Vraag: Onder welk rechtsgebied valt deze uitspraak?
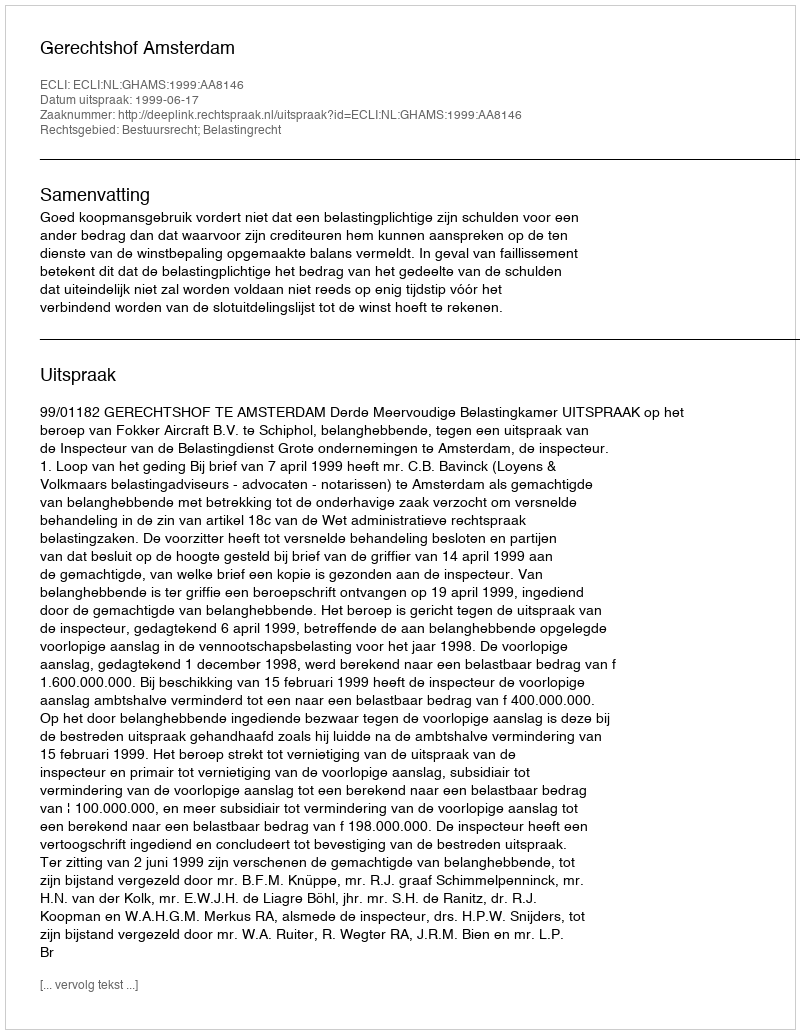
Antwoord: Bestuursrecht; Belastingrecht